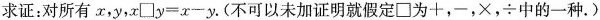
求证：对所有x，y，$$x□y=x-y。$$(不可以未加证明就假定□为+，－，\times，\div中的一种。)